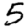
Digit: 5